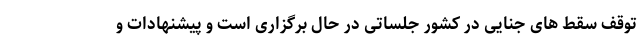
توقف سقط های جنایی در کشور جلساتی در حال برگزاری است و پیشنهادات و